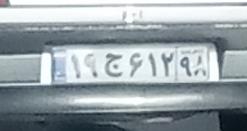
۱۹ج۶۱۲۹۸